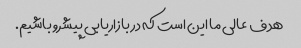
هدف عالی ما این است که در بازاریابی پیشرو باشیم.